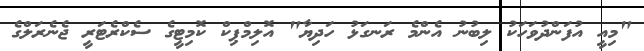
"މިއީ އުފަންދުވަހަކު ލިބުނު އެންމެ ރަނގަޅު ހަދިޔާ" އޮލިމްޕިކް ކޮމިޓީގެ ސެކްރެޓަރީ ޖެނެރަލްގެ